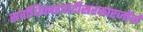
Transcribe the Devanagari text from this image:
सर्वाधिकारवादीसरकारजॉर्ज